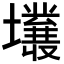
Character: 𡓙